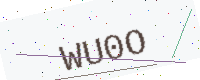
Text: WU0O